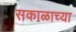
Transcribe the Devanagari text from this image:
सकाळाच्या